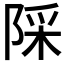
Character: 𨺉